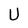
Character: U